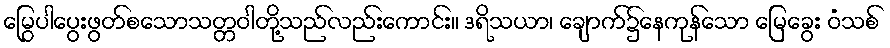
မြွေပါပွေးဖွတ်စသောသတ္တဝါတို့သည်လည်းကောင်း။ ဒရိသယာ၊ ချောက်၌နေကုန်သော မြေခွေး ဝံသစ်